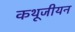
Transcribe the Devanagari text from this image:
कथूजीयन